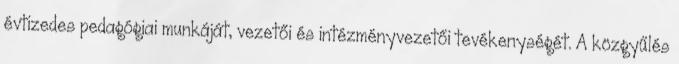
évtizedes pedagógiai munkáját, vezetői és intézményvezetői tevékenységét. A közgyűlés